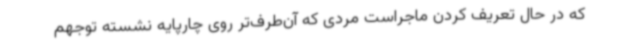
که در حال تعریف کردن ماجراست مردی که آن‌طرف‌تر روی چارپایه نشسته توجهم